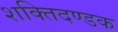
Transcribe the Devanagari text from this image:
शक्तिदण्डक